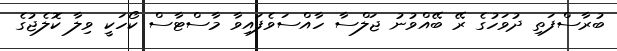
ބުރާސްފަތި ދުވަހުގެ ރޭ ބޭއްވުނު ޖަލްސާ ހާއްސަވެފައިވާ މާސްޓާސް ކޯހަކީ ވިލާ ކޮލެޖުގެ